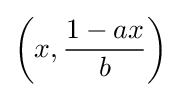
\left(x,{\frac {1-ax}{b}}\right)